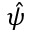
\hat { \psi }